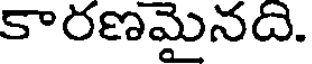
కారణమైనది.